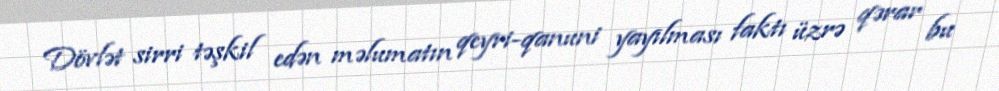
Dövlət sirri təşkil edən məlumatın qeyri-qanuni yayılması faktı üzrə qərar bu